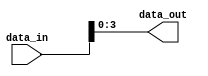
module GenerateParameterizedModule #(parameter PAR1 = 8, parameter PAR2 = 4)
  (
   input [PAR1-1:0] data_in,
   output reg [PAR2-1:0] data_out
   );

always @(data_in) begin
  // Perform desired functionality based on parameters
  // For example, just pass data through
  data_out <= data_in[PAR2-1:0];
end

endmodule